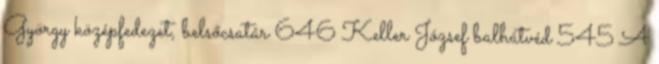
György középfedezet, belsőcsatár 646 Keller József balhátvéd 545 A